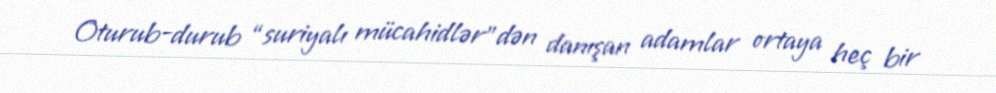
Oturub-durub “suriyalı mücahidlər”dən danışan adamlar ortaya heç bir